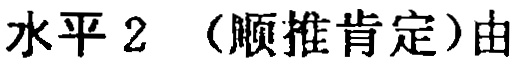
水平 2 （顺推肯定）由